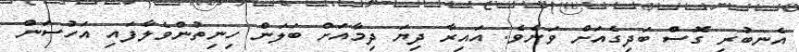
އެނބުރި ގޮސް ބަދިގެއަށް ވަނެވެ. އައިރާ ދިޔަ ދިމާއަށް ބަލަން ހިނިތުންވެލާފައި އަހުސަން